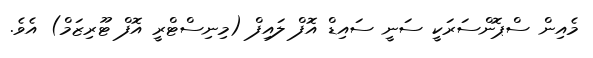
މެއިން ސްޕޮންސަރަކީ ސަނީ ސައިޑް އޮފް ލައިފް (މިނިސްޓްރީ އޮފް ޓޫރިޒަމް) އެވެ.